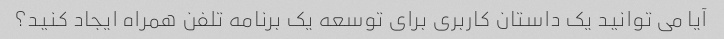
آیا می توانید یک داستان کاربری برای توسعه یک برنامه تلفن همراه ایجاد کنید؟